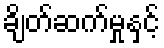
ချိတ်ဆက်မှုနှင့်